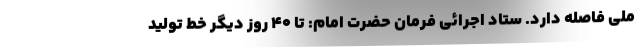
ملی فاصله دارد. ستاد اجرائی فرمان حضرت امام: تا ۴۰ روز دیگر خط تولید